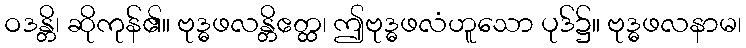
ဝဒန္တိ၊ ဆိုကုန်၏။ ဗုဒ္ဓဖလန္တိဧတ္ထ၊ ဤဗုဒ္ဓဖလံဟူသော ပုဒ်၌။ ဗုဒ္ဓဖလနာမ၊